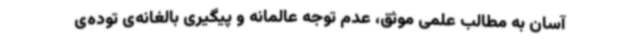
آسان به مطالب علمی موثق، عدم توجه عالمانه و پیگیری بالغانه‌ی توده‌ی